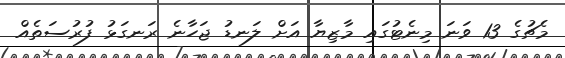
މެޗުގެ 13 ވަނަ މިނެޓުގައި މާޒިޔާ އަށް ލަނޑު ޖަހާނެ ރަނގަޅު ފުރުސަތެއް